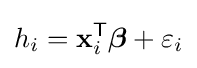
h_{i}=\mathbf {x} _{i}^{\mathsf {T}}{\boldsymbol {\beta }}+\varepsilon _{i}